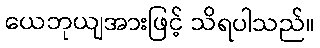
ယေဘုယျအားဖြင့် သိရပါသည်။